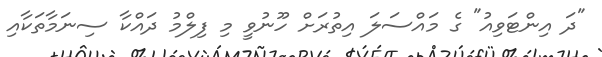
"ދަ އިންޓަވިއު" ގެ މައްސަލަ އިތުރަށް ހޫނުވީ މި ފިލްމު ދައްކާ ސިނަމާތަކާއި